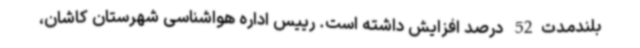
بلندمدت52 درصد افزایش داشته است. رییس اداره هواشناسی شهرستان کاشان،